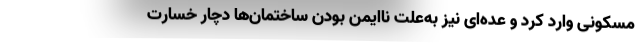
مسکونی وارد کرد و عده‌ای نیز به‌علت ناایمن بودن ساختمان‌ها دچار خسارت